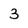
Character: 3